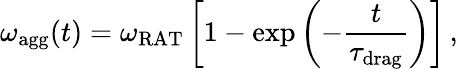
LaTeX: \omega_{\mathrm{agg}}(t)=\omega_{\mathrm{RAT}}\left[1-\exp\left(-\frac{t}{\tau_{\mathrm{drag}}}\right)\right]\, ,